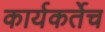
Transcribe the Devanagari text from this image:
कार्यकर्तेच